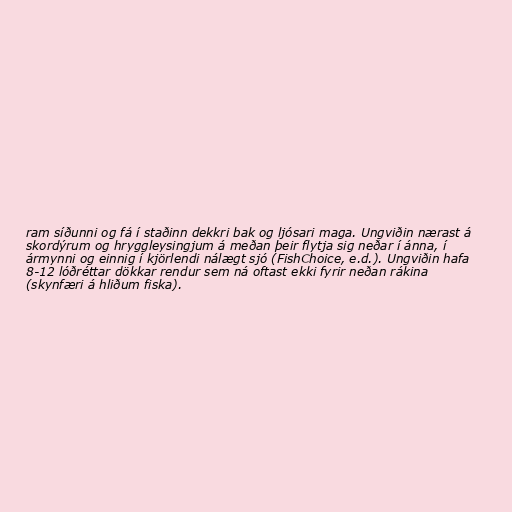
ram síðunni og fá í staðinn dekkri bak og ljósari maga. Ungviðin nærast á
skordýrum og hryggleysingjum á meðan þeir flytja sig neðar í ánna, í
ármynni og einnig í kjörlendi nálægt sjó (FishChoice, e.d.). Ungviðin hafa
8-12 lóðréttar dökkar rendur sem ná oftast ekki fyrir neðan rákina
(skynfæri á hliðum fiska).